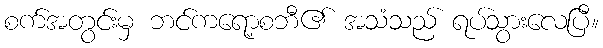
စက်အတွင်းမှ ဘင်ကရော့စဘီ၏ အသံသည် ရပ်သွားလေပြီ။